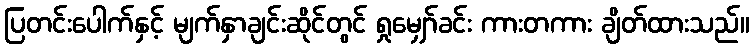
ပြတင်းပေါက်နှင့် မျက်နှာချင်းဆိုင်တွင် ရှုမျှော်ခင်း ကားတကား ချိတ်ထားသည်။